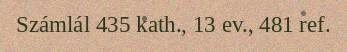
Számlál 435 kath., 13 ev., 481 ref.